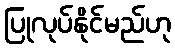
ပြုလုပ်နိုင်မည်ဟု